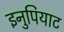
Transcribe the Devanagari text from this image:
इनुपियाट